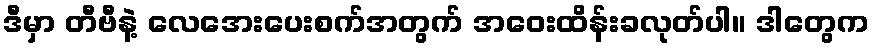
ဒီမှာ တီဗီနဲ့ လေအေးပေးစက်အတွက် အဝေးထိန်းခလုတ်ပါ။ ဒါတွေက